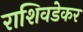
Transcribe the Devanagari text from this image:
राशिवडेकर